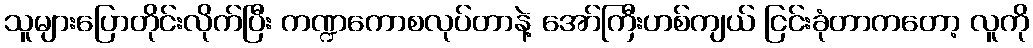
သူများပြောတိုင်းလိုက်ပြီး ကဏ္ဍကောစလုပ်တာနဲ့ အော်ကြီးဟစ်ကျယ် ငြင်းခုံတာကတော့ လူကို